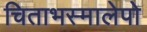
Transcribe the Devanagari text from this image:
चिताभस्मालेपो